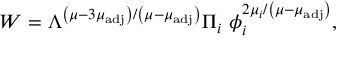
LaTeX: W = \Lambda ^ { \left( \mu - 3 \mu _ { \mathrm { a d j } } \right) / \left( \mu - \mu _ { \mathrm { a d j } } \right) } \Pi _ { i } \ \phi _ { i } ^ { 2 \mu _ { i } / \left( \mu - \mu _ { \mathrm { a d j } } \right) } ,